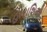
હોરાશિયો